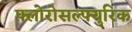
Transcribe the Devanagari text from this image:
फ्लोरोसल्फ्युरिक